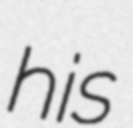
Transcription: his